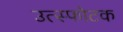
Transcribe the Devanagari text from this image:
उत्स्फोटक